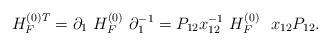
LaTeX: \begin{align*}H_F^{(0) T} = \partial_1 \ H_F^{(0)} \ \partial_1^{-1} =P_{12} x_{12}^{-1} \ H_F^{(0)} \ \ x_{12} P_{12} .\end{align*}